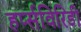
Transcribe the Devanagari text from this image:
हर्प्सविरिडी